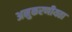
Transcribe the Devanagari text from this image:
अनुकरणीयता